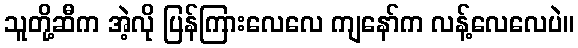
သူတို့ဆီက အဲ့လို ပြန်ကြားလေလေ ကျနော်က လန့်လေလေပဲ။